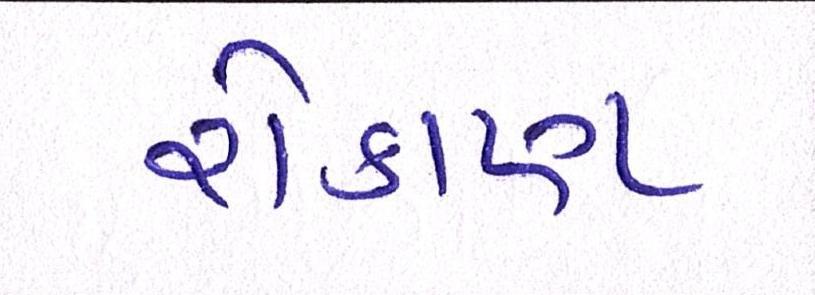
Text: રોકાણ